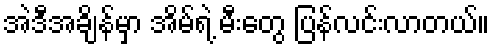
အဲဒီအချိန်မှာ အိမ်ရဲ့ မီးတွေ ပြန်လင်းလာတယ်။